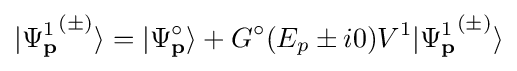
\vert {\Psi _{\mathbf {p} }^{1}}^{(\pm )}\rangle =\vert {\Psi _{\mathbf {p} }^{\circ }}\rangle +G^{\circ }(E_{p}\pm i0)V^{1}\vert {\Psi _{\mathbf {p} }^{1}}^{(\pm )}\rangle